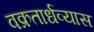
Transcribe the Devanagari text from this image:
वक्रतार्धव्यास